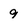
Character: 9